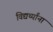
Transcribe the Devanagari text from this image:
विद्यर्थ्यांना